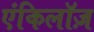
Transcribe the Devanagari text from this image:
एंकिलॉज़